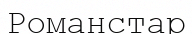
Романстар